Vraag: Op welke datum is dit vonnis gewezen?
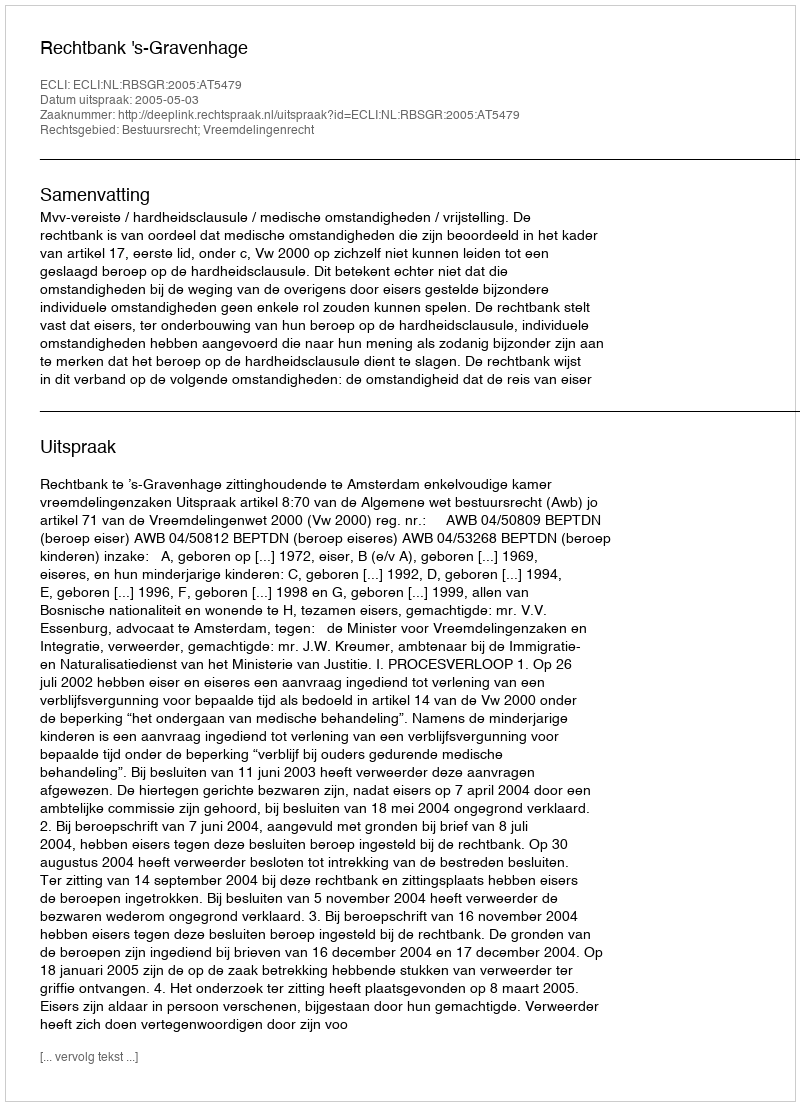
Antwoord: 2005-05-03